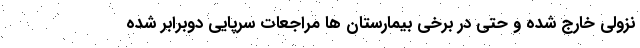
نزولی خارج شده و حتی در برخی بیمارستان ها مراجعات سرپایی دوبرابر شده